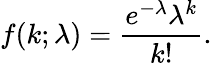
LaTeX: f(k;\lambda)={\frac{e^{-\lambda}\lambda^{k}}{k!}}.